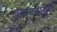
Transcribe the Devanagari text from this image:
प्रत्ययकारीपणे